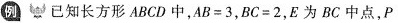
例 已知长方形ABCD中，$$A B = 3$$，$$B C = 2$$，E为BC中点，P